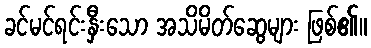
ခင်မင်ရင်းနှီးသော အသိမိတ်ဆွေများ ဖြစ်၏။